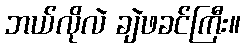
ဘယ်လိုလဲ ချဲဖခင်ကြီး။